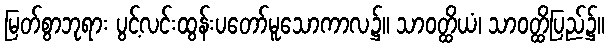
မြတ်စွာဘုရား ပွင့်လင်းထွန်းပတော်မူသောကာလ၌။ သာဝတ္ထိယံ၊ သာဝတ္ထိပြည်၌။